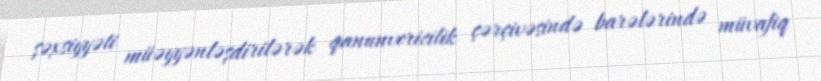
şəxsiyyəti müəyyənləşdirilərək qanunvericilik çərçivəsində barələrində müvafiq